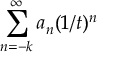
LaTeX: \sum _ { n = - k } ^ { \infty } a _ { n } ( 1 / t ) ^ { n }